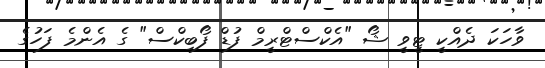
ވާހަކަ ދެއްކީ ޓީވީ ޝޯ "އެކްސްޓްރީމް ފުޑް ފޯބިކްސް" ގެ އެންމެ ފަހުގެ